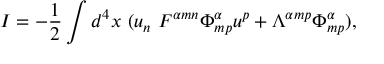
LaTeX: I = - \frac { 1 } { 2 } \int d ^ { 4 } x \ ( u _ { n } \ { \cal F } ^ { \alpha m n } { \Phi } _ { m p } ^ { \alpha } u ^ { p } + { \Lambda } ^ { \alpha m p } { \Phi } _ { m p } ^ { \alpha } ) ,